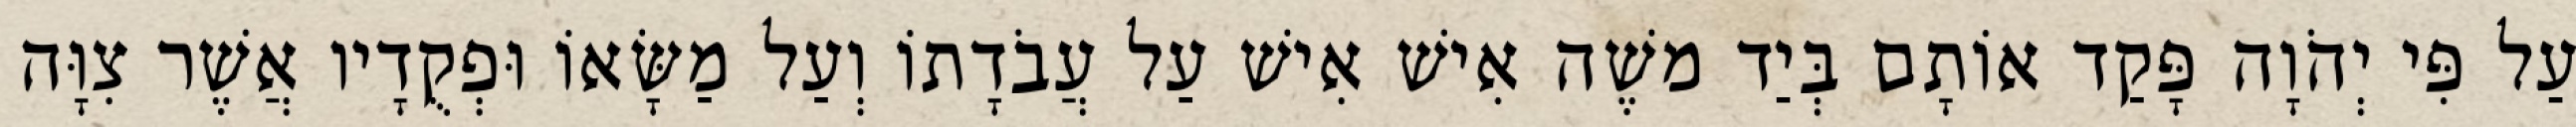
עַל פִּי יְהֹוָה פָּקַד אוֹתָם בְּיַד משֶׁה אִישׁ אִישׁ עַל עֲבֹדָתוֹ וְעַל מַשָּׂאוֹ וּפְקֻדָיו אֲשֶׁר צִוָּה